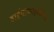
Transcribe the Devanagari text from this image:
हाईपोफाइलेन्थिन